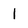
Character: 1